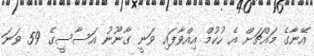
އޭނާގެ މައްޗަށް އެ ހުކުމް އިއްވާފައި ވަނީ ގާނޫނު އަސާސީގެ 59 ވަނަ